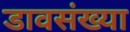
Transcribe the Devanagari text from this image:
डावसंख्या